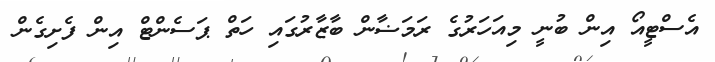
އެސްޓީއޯ އިން ބުނީ މިއަހަރުގެ ރަމަޟާން ބާޒާރުގައި ހަތް ޕަސެންޓް އިން ފެށިގެން